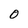
Character: O